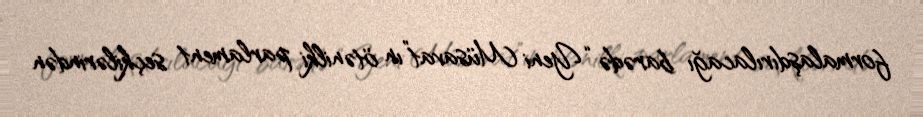
formalaşdırılacağı barədə “Yeni Müsavat”ın ötənilki parlament seçkilərindən